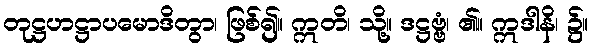
တုဋ္ဌဟဋ္ဌာပမောဒိတွာ၊ ဖြစ်၍။ ဣတိ၊ သို့။ ဒဋ္ဌဗ္ဗံ၊ ၏။ ဣဒါနိ၊ ၌။